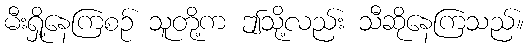
မီးရှို့နေကြစဉ် သူတို့က ဤသို့လည်း သီဆိုနေကြသည်။